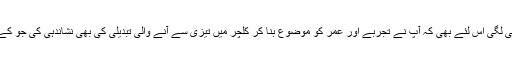
مجھے تو آپکی تحریر سادہ اور اچھی لگی اس لئے بھی کہ آپ نے تجربے اور عمر کو موضوع بنا کر کلچر میں تیزی سے آنے والی تبدیلی کی بھی نشاندہی کی جو کے انٹر نیٹ اور کمپیوٹر کی دین ہے۔